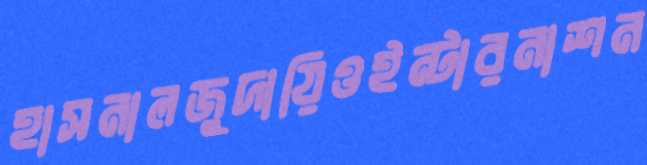
হাসনালজুদায়িওইন্টারনাশন